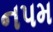
નપમ